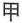
甲